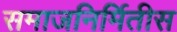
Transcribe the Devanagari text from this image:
समाजनिर्मितीस